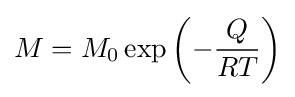
M=M_{0}\exp \left(-{\frac {Q}{RT}}\right)\,\!